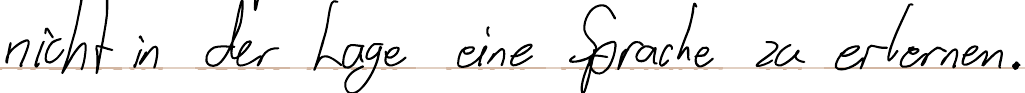
nicht in der Lage eine Sprache zu erlernen.